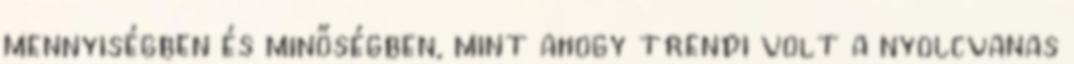
mennyiségben és minőségben, mint ahogy trendi volt a nyolcvanas